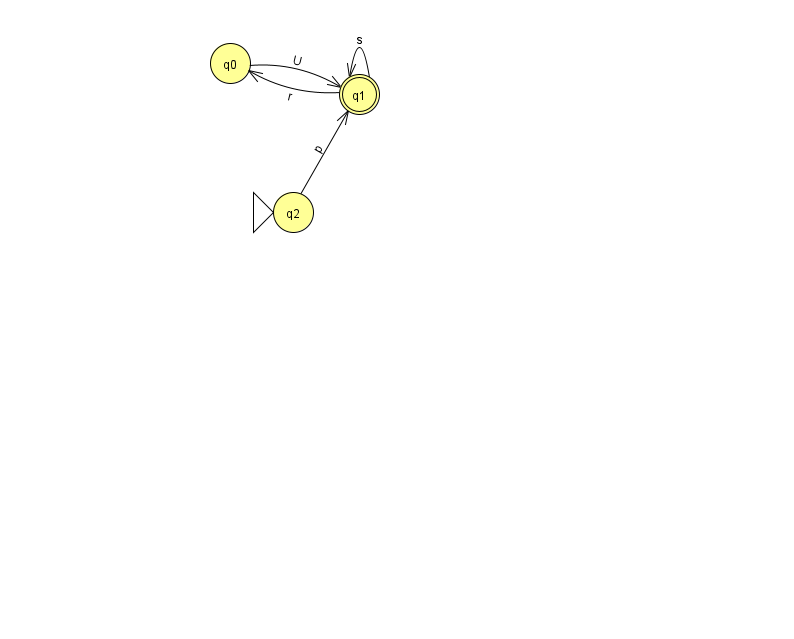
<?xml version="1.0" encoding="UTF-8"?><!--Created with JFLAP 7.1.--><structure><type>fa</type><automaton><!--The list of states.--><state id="0" name="q0"><x>230.0</x><y>50.0</y></state><state id="1" name="q1"><x>359.0</x><y>81.0</y><final/></state><state id="2" name="q2"><x>293.0</x><y>199.0</y><initial/></state><!--The list of transitions.--><transition><from>0</from><to>1</to><read>U</read></transition><transition><from>1</from><to>1</to><read>s</read></transition><transition><from>2</from><to>1</to><read>p</read></transition><transition><from>1</from><to>0</to><read>r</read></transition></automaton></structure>